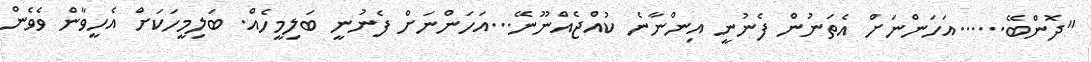
"ދޮންބޭ......އަހަންނަށް އެތަނުން ފެނުނީ އިންނާނެ ކުއްޖެއްނޫނޭ...އަހަންނަށް ފެނުނީ ބަލިމީހެއް. ބަލިމީހަކަށް އެހީވާން ވެވެން